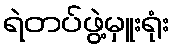
ရဲတပ်ဖွဲ့မှူးရုံး